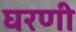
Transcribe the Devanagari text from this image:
घरणी